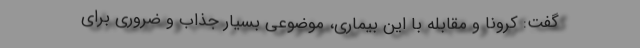
گفت: کرونا و مقابله با این بیماری، موضوعی بسیار جذاب و ضروری برای